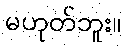
မဟုတ်ဘူး။